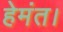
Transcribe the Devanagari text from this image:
हेमंत।